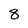
Character: 8